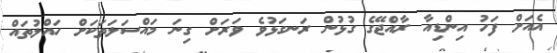
އެއަށް ފަހު އިންޑިއާ ރާއްޖޭގެ ގުޅުން ރަނގަޅުވެ ވަރަށް ގިނަ މައްސަލަތަކަށް ހައްލުތައް